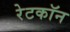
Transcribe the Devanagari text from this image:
रेटकॉन